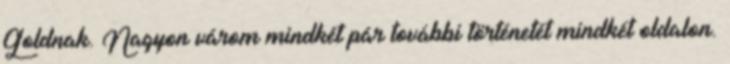
Goldnak. Nagyon várom mindkét pár további történetét mindkét oldalon.